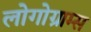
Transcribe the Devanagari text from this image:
लोगोग्राम्स